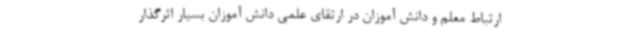
ارتباط معلم و دانش آموزان در ارتقای علمی دانش آموزان بسیار اثرگذار